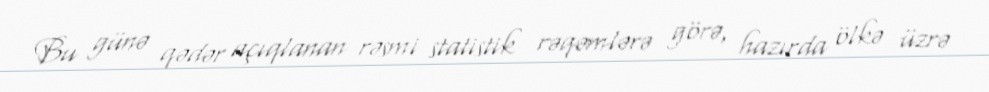
Bu günə qədər açıqlanan rəsmi statistik rəqəmlərə görə, hazırda ölkə üzrə